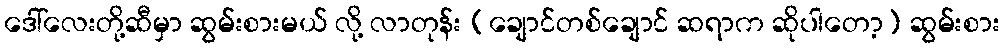
ဒေါ်လေးတို့ဆီမှာ ဆွမ်းစားမယ် လို့ လာတုန်း (ချောင်တစ်ချောင် ဆရာက ဆိုပါတော့) ဆွမ်းစား